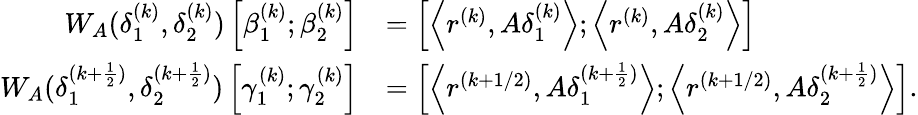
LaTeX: \begin{array}{rl}{W_{A}(\delta_{1}^{(k)},\delta_{2}^{(k)})\left[{\beta_{1}^{(k)};\beta_{2}^{(k)}}\right]}&{=\left[{\left\langle{{r^{(k)}},A\delta_{1}^{(k)}}\right\rangle;\left\langle{{r^{(k)}},A\delta_{2}^{(k)}}\right\rangle}\right]}\\ {W_{A}(\delta_{1}^{(k+\frac{1}{2})},\delta_{2}^{(k+\frac{1}{2})})\left[{\gamma_{1}^{(k)};\gamma_{2}^{(k)}}\right]}&{=\left[{\left\langle{{r^{(k+1/2)}},A\delta_{1}^{(k+\frac{1}{2})}}\right\rangle;\left\langle{{r^{(k+1/2)}},A\delta_{2}^{(k+\frac{1}{2})}}\right\rangle}\right].}\end{array}